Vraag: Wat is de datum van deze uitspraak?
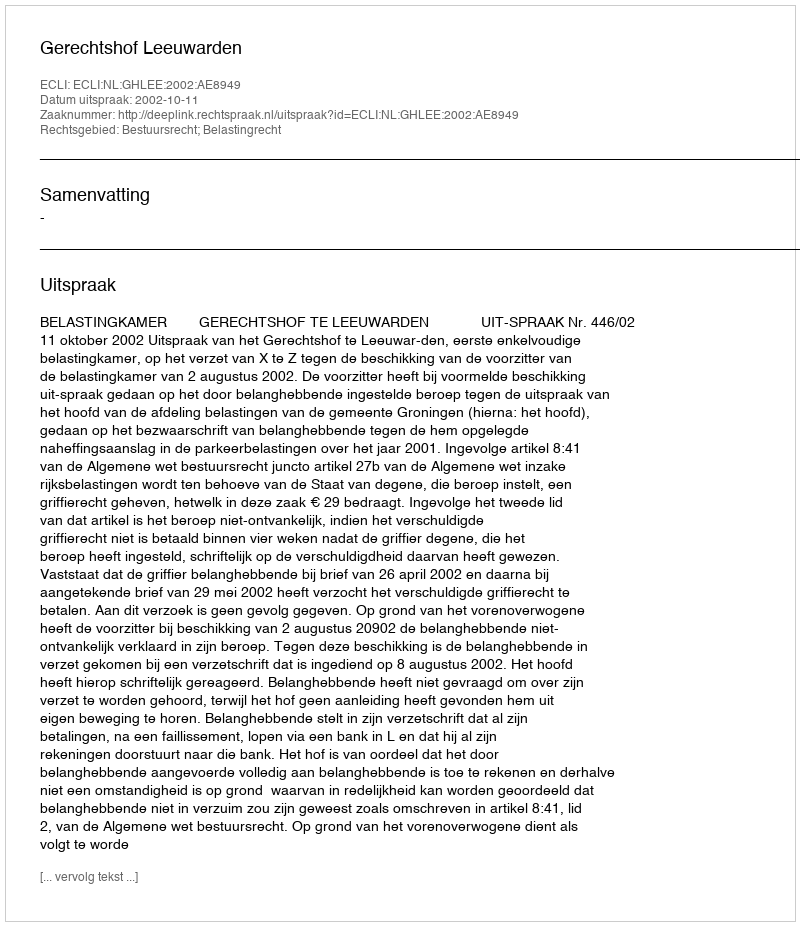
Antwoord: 2002-10-11